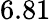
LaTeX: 6.81